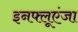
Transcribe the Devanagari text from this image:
इनफ्लूएंजा